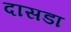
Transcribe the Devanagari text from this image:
दासडा